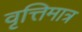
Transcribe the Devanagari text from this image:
वृत्तिमात्र